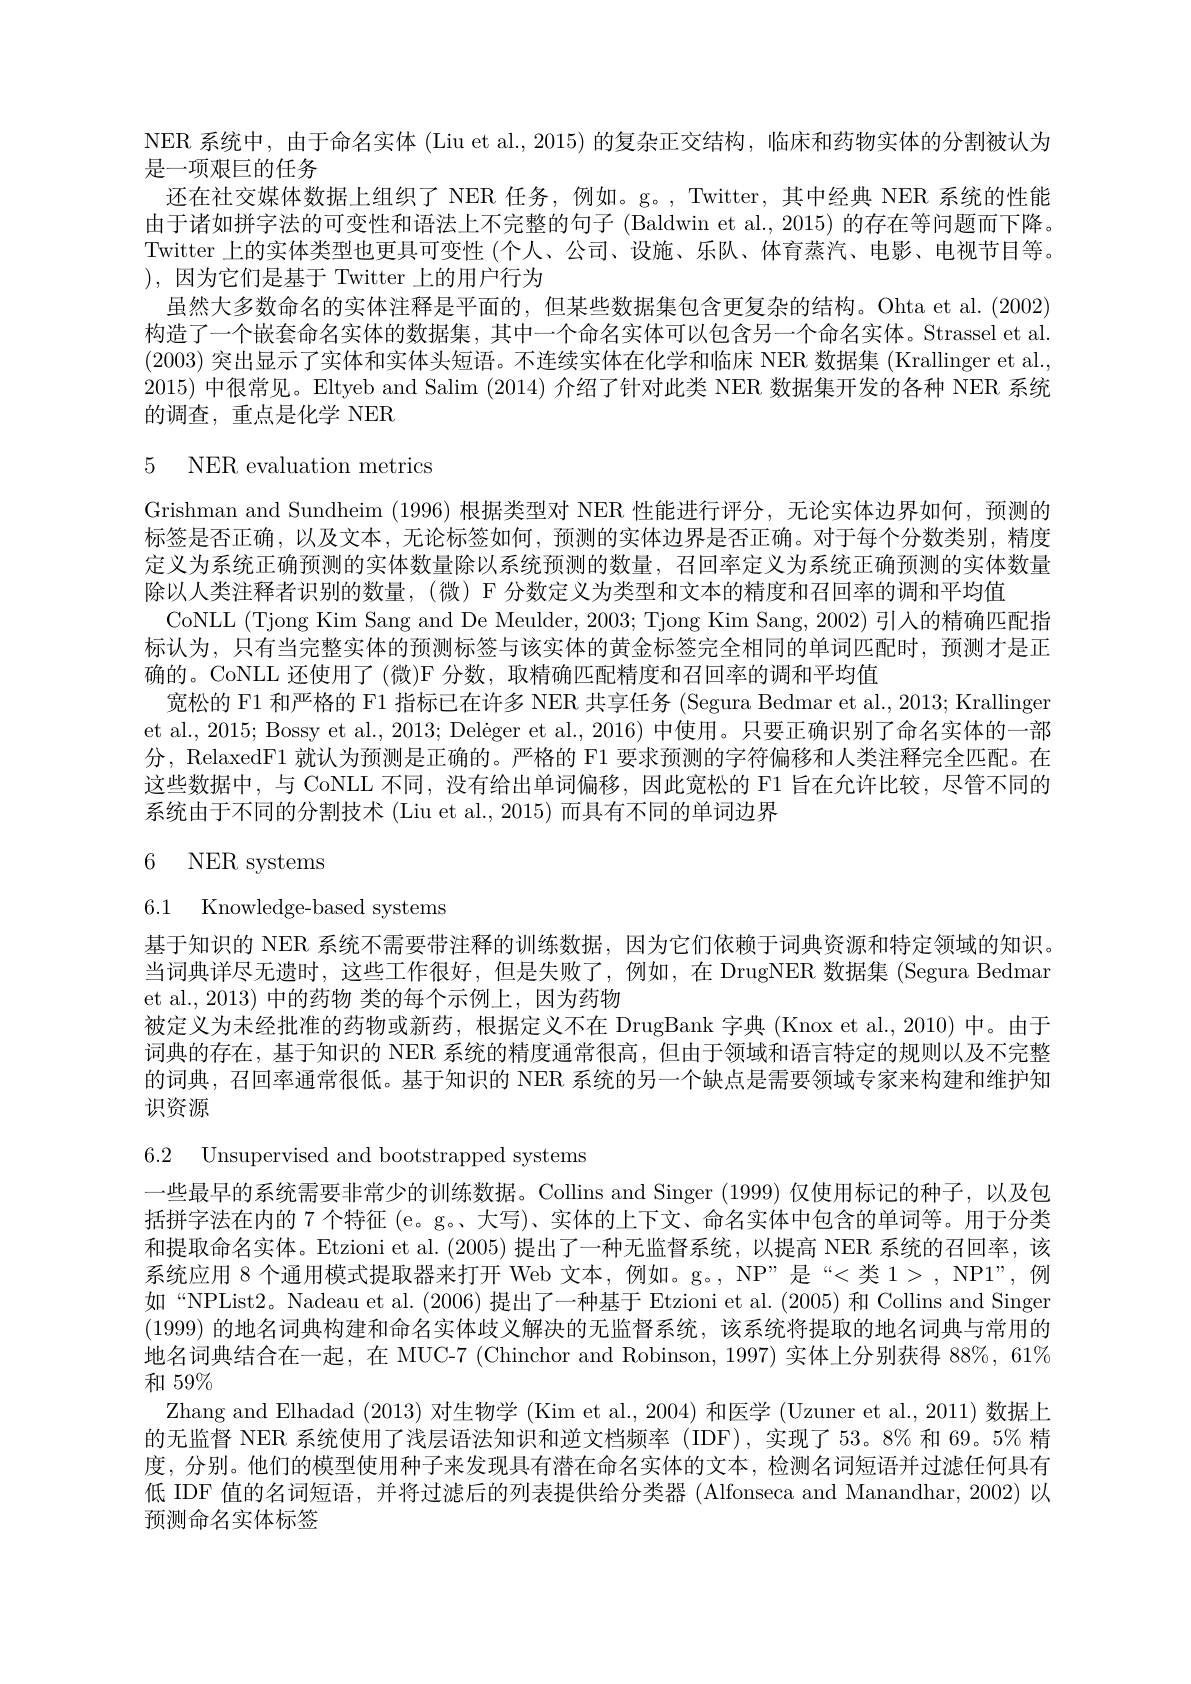
NER 系统中，由于命名实体 (Liu et al., 2015) 的复杂正交结构，临床和药物实体的分割被认为
是一项艰巨的任务
还在社交媒体数据上组织了 NER 任务，例如。g。, Twitter,其中经典 NER 系统的性能由于诸如拼字法的可变性和语法上不完整的句子 (Baldwin et al., 2015) 的存在等问题而下降。Twitter 上的实体类型也更具可变性 (个人、公司、设施、乐队、体育蒸汽、电影、电视节目等。),因为它们是基于 Twitter 上的用户行为
虽然大多数命名的实体注释是平面的，但某些数据集包含更复杂的结构。Ohta et al. (2002) 构造了一个嵌套命名实体的数据集，其中一个命名实体可以包含另一个命名实体。Strassel et al (2003)突出显示了实体和实体头短语。不连续实体在化学和临床 NER 数据集 (Krallinger et al., 2015)中很常见。Eltyeb and Salim (2014) 介绍了针对此类 NER 数据集开发的各种 NER 系统的调查，重点是化学 NER

## 5 NER evaluation metrics

Grishman and Sundheim (1996)根据类型对 NER 性能进行评分，无论实体边界如何，预测的标签是否正确，以及文本，无论标签如何，预测的实体边界是否正确。对于每个分数类别，精度定义为系统正确预测的实体数量除以系统预测的数量，召回率定义为系统正确预测的实体数量除以人类注释者识别的数量，(微) F 分数定义为类型和文本的精度和召回率的调和平均值
CoNLL (Tjong Kim Sang and De Meulder, 2003; Tjong Kim Sang, 2002) 引入的精确匹配指标认为，只有当完整实体的预测标签与该实体的黄金标签完全相同的单词匹配时，预测才是正确的。CoNLL 还使用了(微)F 分数，取精确匹配精度和召回率的调和平均值
宽松的 F1 和严格的 F1 指标已在许多 NER 共享任务 (Segura Bedmar et al., 2013; Krallinger et al., 2015; Bossy et al., 2013; Delëger et al., 2016) 中使用。只要正确识别了命名实体的一部分，RelaxedF1 就认为预测是正确的。严格的 F1 要求预测的字符偏移和人类注释完全匹配。在这些数据中，与 CoNLL 不同，没有给出单词偏移，因此宽松的 F1 旨在允许比较，尽管不同的系统由于不同的分割技术 (Liu et al., 2015) 而具有不同的单词边界

6 NER systems

6.1 Knowledge-based systems

基于知识的 NER 系统不需要带注释的训练数据，因为它们依赖于词典资源和特定领域的知识当词典详尽无遗时，这些工作很好，但是失败了，例如，在 DrugNER 数据集 (Segura Bedman et al.,2013) 中的药物 类的每个示例上，因为药物
被定义为未经批准的药物或新药，根据定义不在 DrugBank 字典 (Knox et al., 2010) 中。由于词典的存在，基于知识的 NER 系统的精度通常很高，但由于领域和语言特定的规则以及不完整的词典，召回率通常很低。基于知识的 NER 系统的另一个缺点是需要领域专家来构建和维护知识资源

6.2 Unsupervised and bootstrapped systems
一些最早的系统需要非常少的训练数据。Collins and Singer (1999) 仅使用标记的种子，以及包括拼字法在内的 7 个特征 (e。g。、大写)、实体的上下文、命名实体中包含的单词等。用于分类和提取命名实体。Etzioni et al. (2005) 提出了一种无监督系统，以提高 NER 系统的召回率，该系统应用 8 个通用模式提取器来打开 Web 文本，例如。g。, NP”是“<类 1>, NP1”, 例如“NPList2。Nadeau et al. (2006) 提出了一种基于 Etzioni et al. (2005) 和 Collins and Singer (1999)的地名词典构建和命名实体歧义解决的无监督系统，该系统将提取的地名词典与常用的地名词典结合在一起，在 MUC-7 (Chinchor and Robinson, 1997) 实体上分别获得 88%, 61% 和 59%
Zhang and Elhadad (2013)对生物学 (Kim et al., 2004) 和医学 (Uzuner et al., 2011) 数据上的无监督 NER 系统使用了浅层语法知识和逆文档频率 (IDF),实现了53。8% 和 69。5% 精度，分别。他们的模型使用种子来发现具有潜在命名实体的文本，检测名词短语并过滤任何具有低 IDF 值的名词短语，并将过滤后的列表提供给分类器 (Alfonseca and Manandhar, 2002) 以预测命名实体标签